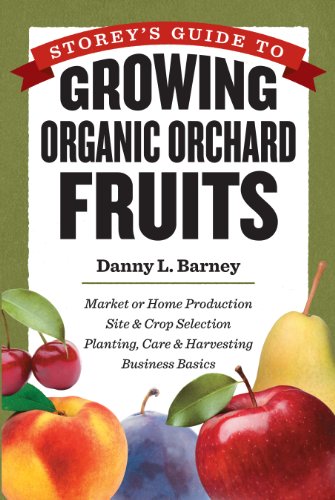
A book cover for Storey's Guide to Growing Organic Orchard Fruits: Market or Home Production * Site & Crop Selection * Planting, Care & Harvesting * Business Basics; Danny L. Barney; Science & Math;